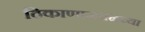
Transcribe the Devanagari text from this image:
ठिकाणाजवळच्या